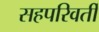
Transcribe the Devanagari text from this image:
सहपरिवर्ती